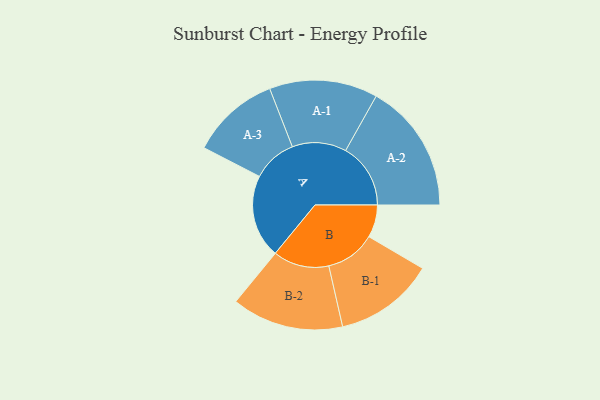
{"axis": {"x": "Segment", "y": "Value"}, "legend": ["", "A", "B"], "data": [{"x": "A", "y": 340, "type": ""}, {"x": "B", "y": 133, "type": ""}, {"x": "A-1", "y": 221, "type": "A"}, {"x": "A-2", "y": 265, "type": "A"}, {"x": "A-3", "y": 181, "type": "A"}, {"x": "B-1", "y": 204, "type": "B"}, {"x": "B-2", "y": 228, "type": "B"}]}